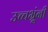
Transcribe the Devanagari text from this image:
उच्चभ्रूंनी